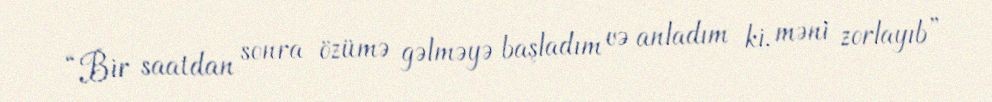
“Bir saatdan sonra özümə gəlməyə başladım və anladım ki, məni zorlayıb”